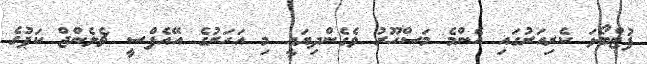
ފުޓްބޯޅަ ކެރިއަރުގައި އެންމެ މަސްހޫރު ވެގެންދިޔައީ މި އަހަރުގެ އޭއެފްސީ ޗެލެންޖް ކަޕުގެ